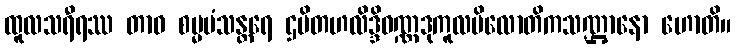
ထူလသရီရဿ တာဝ စမ္မမံသန္တရေ ဌပိတဟလိဒ္ဒိဝဏ္ဏဒုကူလပိလောတိကသဏ္ဌာနော ဟောတိ။